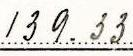
139.33